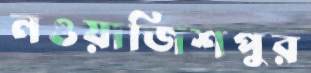
নওয়াজিশপুর